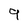
Character: 9